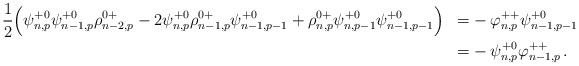
\begin{align*}\begin{aligned}&\frac{1}{2} \Big( \psi^{+0}_{n,p}\psi^{+0}_{n-1,p}\rho^{0+}_{n-2,p}-2\psi^{+0}_{n,p}\rho^{0+}_{n-1,p}\psi^{+0}_{n-1,p-1}+\rho^{0+}_{n,p}\psi^{+0}_{n,p-1}\psi^{+0}_{n-1,p-1} \Big) &=& - \varphi^{++}_{n,p}\psi^{+0}_{n-1,p-1} \\&&=&- \psi^{+0}_{n,p} \varphi^{++}_{n-1,p}\,.\end{aligned}\end{align*}